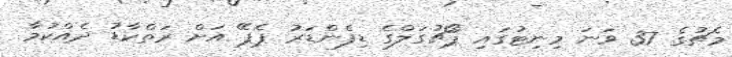
މެޗުގެ 37 ވަނަ މިނިޓުގައި ޕޯޗުގަލްގެ ޑިފެންޑަރު ޕެޕޭ އަށް ރަތްކާޑު ދެއްކުމާ